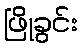
ဖြိုခွင်း